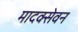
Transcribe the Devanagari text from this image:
मादक्सेवन